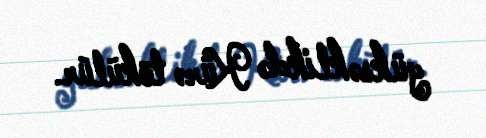
yüksəklikdə Kürə tökülür.